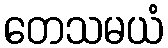
တေသမယံ